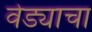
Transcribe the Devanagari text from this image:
वेड्याचा